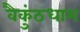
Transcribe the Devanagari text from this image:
वैकुंठधाम